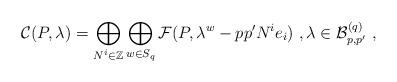
LaTeX: \begin{align*}\mathcal{C}(P,\lambda)=\bigoplus_{N^i\in\mathbb{Z}}\bigoplus_{w\in S_q}\mathcal{F}(P,\lambda^w-pp'N^ie_i)\ ,\lambda\in\mathcal{B}^{(q)}_{p,p'}\ ,\end{align*}